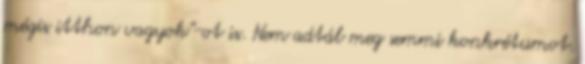
mégis itthon vagyok"-ot is. Nem adtál meg semmi konkrétumot.